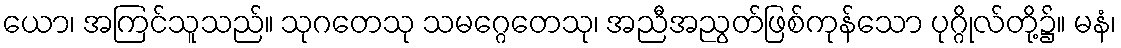
ယော၊ အကြင်သူသည်။ သုဂတေသု သမဂ္ဂေတေသု၊ အညီအညွတ်ဖြစ်ကုန်သော ပုဂ္ဂိုလ်တို့၌။ မနံ၊